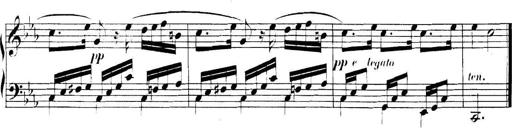
Title: Collected Piano Sonatas
Composer: Muzio Clementi